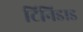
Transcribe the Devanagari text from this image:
टिनिडाड